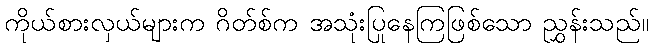
ကိုယ်စားလှယ်များက ဂိတ်စ်က အသုံးပြုနေကြဖြစ်သော ညွှန်းသည်။